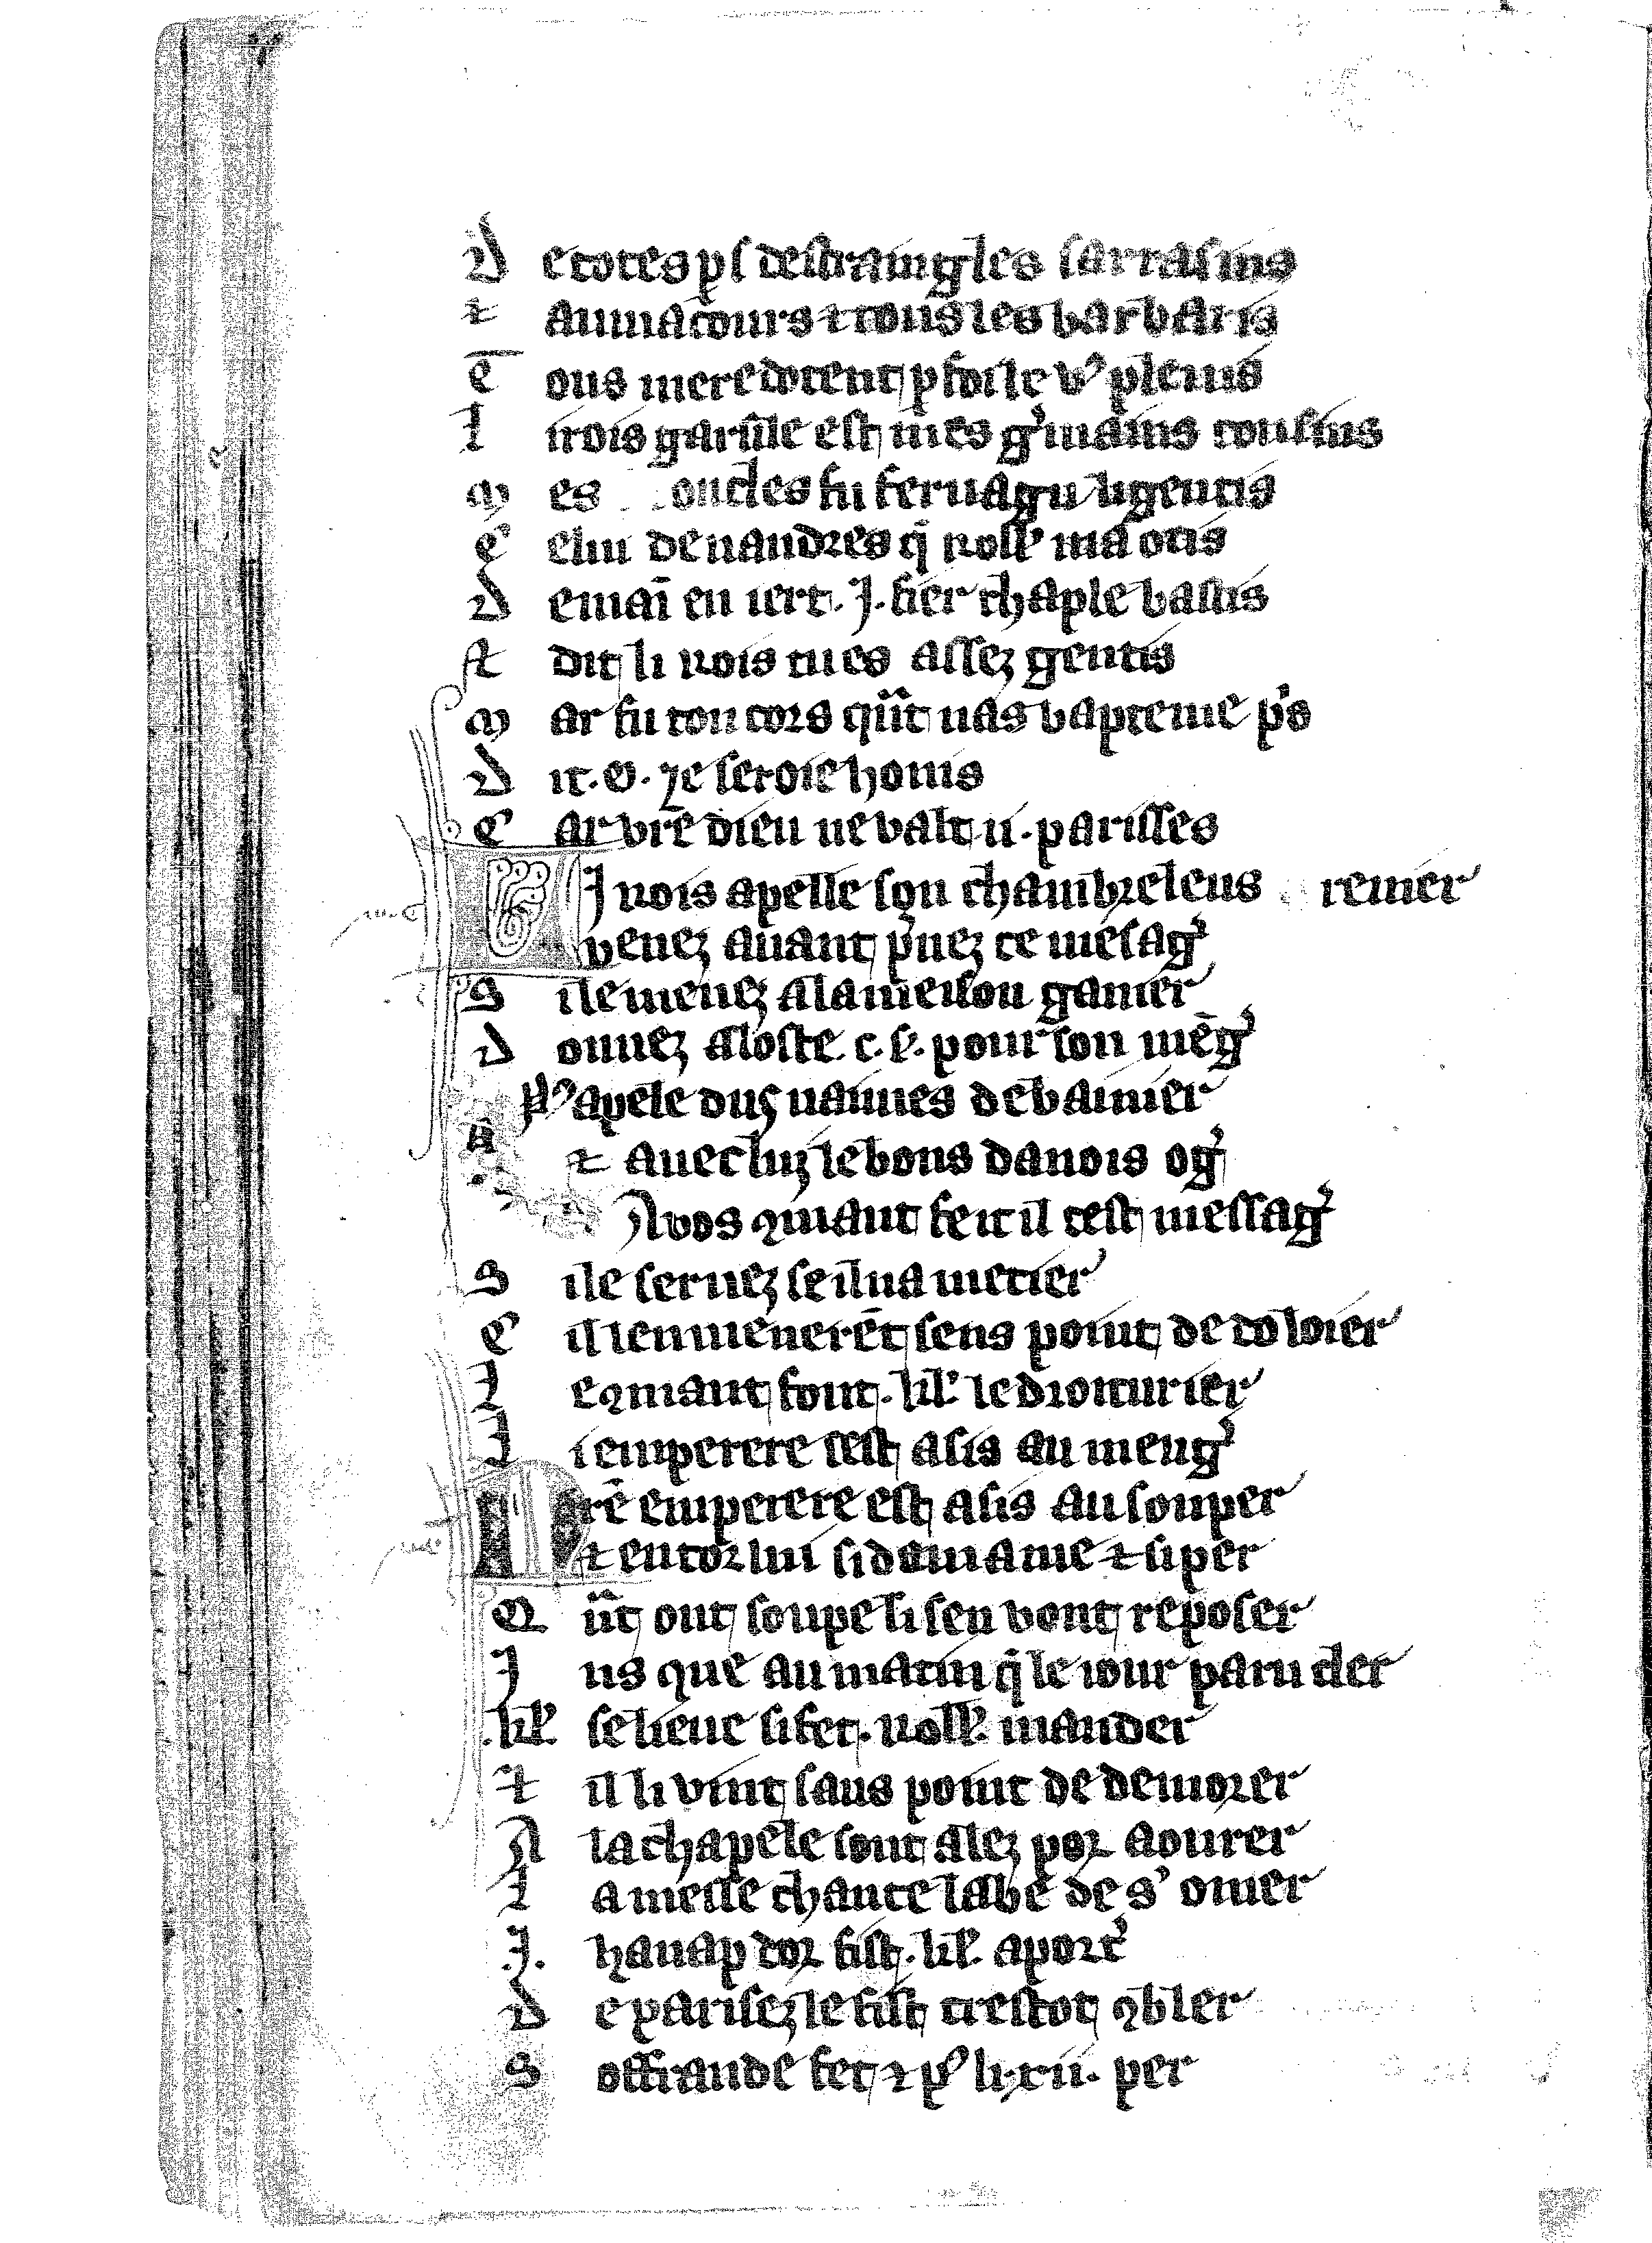
Shelfmark: Vatican, Biblioteca apostolica vaticana, Reg.lat. 1616
Century: 14